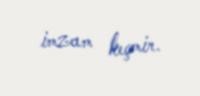
imzam keçmir.